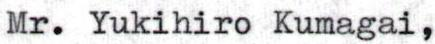
Mr. Yukihiro Kumagai,